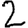
Digit: 2